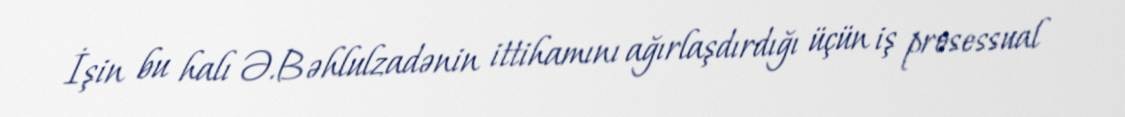
İşin bu halı Ə.Bəhlulzadənin ittihamını ağırlaşdırdığı üçün iş prosessual